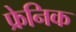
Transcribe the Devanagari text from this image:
फ्रेनिक